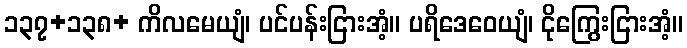
၁၃၇+၁၃၈+ ကိလမေယျံ၊ ပင်ပန်းငြားအံ့။ ပရိဒေဝေယျံ၊ ငိုကြွေးငြားအံ့။